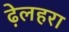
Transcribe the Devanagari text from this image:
ढ़ेलहरा